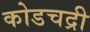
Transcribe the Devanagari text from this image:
कोडचद्री